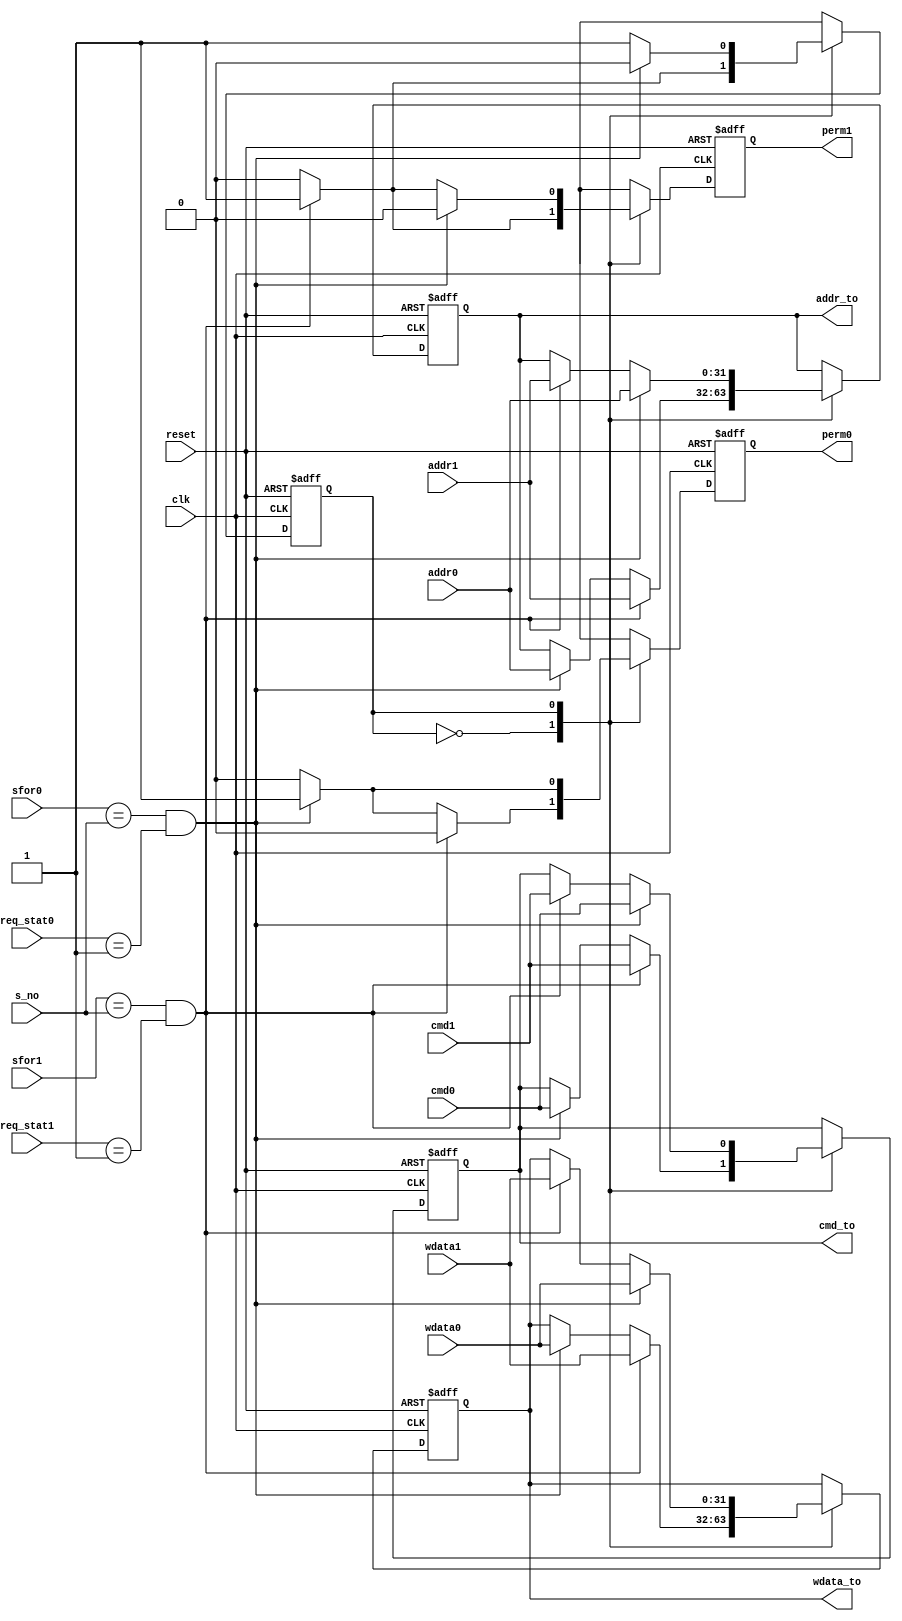
`timescale 1ns / 1ps

module rr_req_arbiter(
	input clk,
	input reset,
	
	input s_no,
	input [1:0] req_stat0, input [1:0] req_stat1,
	
	input sfor0, 			input sfor1,
	input cmd0, 			input cmd1,
	input [31:0] addr0, 	input [31:0] addr1,
	input [31:0] wdata0, 	input [31:0] wdata1,
	
	output reg perm0, // = req_sent0
	output reg perm1,
	
	output reg [31:0] addr_to,
	output reg cmd_to,
	output reg [31:0] wdata_to
    );

localparam WAIT 	= 2'd 1 ; // added to the queue1 

reg last_mas;
	
/* perm0, perm1 also are used as signals to change req_stat WAIT -> W_ACK */
always @(posedge clk or negedge reset) // ASYNC RESET, active level LOW
if (~reset) /* reset */
begin
	last_mas <= 1; // after reset last_mas is the (N-1)'th Master
	perm0 <= 0; perm1 <= 0;
	addr_to <= 0;
	cmd_to <= 0;
	wdata_to <= 0;
end
else
begin
	case (last_mas)
	0: if ((sfor1 == s_no) && (req_stat1 == WAIT)) 
		begin 
		perm0 <= 0; perm1 <= 1; 
		last_mas <= 1;
		
		// when M1        
		addr_to <= addr1;  
		cmd_to <= cmd1;    
		wdata_to <= wdata1;
		
		end
		else if ((sfor0 == s_no) && (req_stat0 == WAIT)) 
			begin
			perm0 <= 1; perm1 <= 0; 
			last_mas <= 0;
			
			// when M0
			addr_to <= addr0;
			cmd_to <= cmd0;
			wdata_to <= wdata0;
			
			end 
			else begin perm0 <= 0; perm1 <= 0; last_mas <= last_mas; end
			
	1: if ((sfor0 == s_no) && (req_stat0 == WAIT)) 
		begin 
		perm0 <= 1; perm1 <= 0; 
		last_mas <= 0;
		
		// when M0
		addr_to <= addr0;
		cmd_to <= cmd0;
		wdata_to <= wdata0;
		
		end
		else if ((sfor1 == s_no) && (req_stat1 == WAIT)) 
			begin
			perm0 <= 0; perm1 <= 1; 
			last_mas <= 1;
			
			// when M1        
			addr_to <= addr1;  
			cmd_to <= cmd1;    
			wdata_to <= wdata1;
			
			end
			else begin perm0 <= 0; perm1 <= 0; last_mas <= last_mas; end
			
	default : if ((sfor0 == s_no) && (req_stat0 == WAIT)) 
			begin 
			perm0 <= 1; perm1 <= 0; 
			last_mas <= 0;
			
			// when M0
			addr_to <= addr0;
			cmd_to <= cmd0;
			wdata_to <= wdata0;
			
			end
			else if ((sfor1 == s_no) && (req_stat1 == WAIT)) 
				begin
				perm0 <= 0; perm1 <= 1; 
				last_mas <= 1;
				
				// when M1
				addr_to <= addr1;
				cmd_to <= cmd1;
				wdata_to <= wdata1;
				
				end
				else begin perm0 <= 0; perm1 <= 0; last_mas <= last_mas; end
	endcase
	
end

endmodule